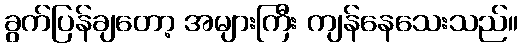
ခွက်ပြန်ချတော့ အများကြီး ကျန်နေသေးသည်။